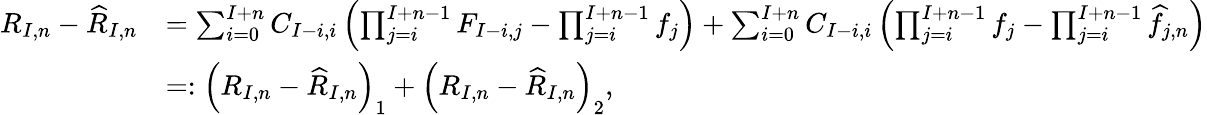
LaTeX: \begin{array}{rl}{R_{I,n}-\widehat{R}_{I,n}}&{=\sum_{i=0}^{I+n}C_{I-i,i}\left(\prod_{j=i}^{I+n-1}F_{I-i,j}-\prod_{j=i}^{I+n-1}{f}_{j}\right)+\sum_{i=0}^{I+n}C_{I-i,i}\left(\prod_{j=i}^{I+n-1}{f}_{j}-\prod_{j=i}^{I+n-1}\widehat{f}_{j,n}\right)}\\ &{=:\left(R_{I,n}-\widehat{R}_{I,n}\right)_{1}+\left(R_{I,n}-\widehat{R}_{I,n}\right)_{2},}\end{array}